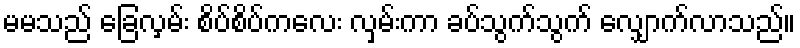
မမသည် ခြေလှမ်း စိပ်စိပ်ကလေး လှမ်းကာ ခပ်သွက်သွက် လျှောက်လာသည်။